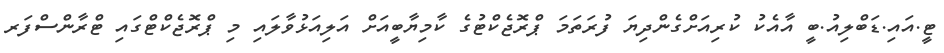
ޓީ.އައި.ޑަބްލިއު.ބީ އާއެކު ކުރިއަށްގެންދިޔަ ފުރަތަމަ ޕްރޮޖެކްޓުގެ ކާމިޔާބީއަށް އަލިއަޅުވާލައި މި ޕްރޮޖެކްޓްގައި ޓްރާންސްފަރ